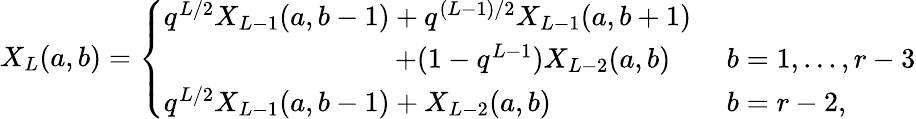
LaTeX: X_{L}(a,b)=\left\{ \begin{array}{ll}{{q^{L/2}X_{L-1}(a,b-1)+q^{(L-1)/2}X_{L-1}(a,b+1)}}&{{}}\\ {{\qquad\qquad\qquad\qquad\, +(1-q^{L-1})X_{L-2}(a,b)\quad}}&{{b=1,\ldots,r-3}}\\ {{q^{L/2}X_{L-1}(a,b-1)+X_{L-2}(a,b)}}&{{b=r-2,}}\end{array}\right.